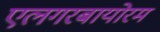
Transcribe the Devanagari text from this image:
एलगरबायोरम